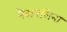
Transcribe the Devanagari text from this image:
नेवानलिना